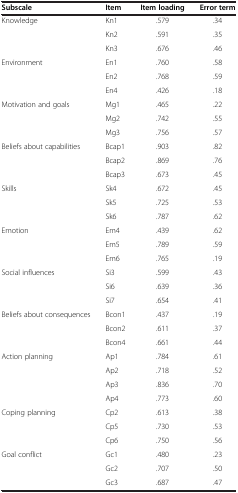
<table><thead><tr><td><b>Subscale</b></td><td><b>Item</b></td><td><b>Item loading</b></td><td><b>Error term</b></td></tr></thead><tbody><tr><td rowspan="3">Knowledge</td><td>Kn1</td><td>.579</td><td>.34</td></tr><tr><td>Kn2</td><td>.591</td><td>.35</td></tr><tr><td>Kn3</td><td>.676</td><td>.46</td></tr><tr><td rowspan="3">Environment</td><td>En1</td><td>.760</td><td>.58</td></tr><tr><td>En2</td><td>.768</td><td>.59</td></tr><tr><td>En4</td><td>.426</td><td>.18</td></tr><tr><td rowspan="3">Motivation and goals</td><td>Mg1</td><td>.465</td><td>.22</td></tr><tr><td>Mg2</td><td>.742</td><td>.55</td></tr><tr><td>Mg3</td><td>.756</td><td>.57</td></tr><tr><td rowspan="3">Beliefs about capabilities</td><td>Bcap1</td><td>.903</td><td>.82</td></tr><tr><td>Bcap2</td><td>.869</td><td>.76</td></tr><tr><td>Bcap3</td><td>.673</td><td>.45</td></tr><tr><td rowspan="3">Skills</td><td>Sk4</td><td>.672</td><td>.45</td></tr><tr><td>Sk5</td><td>.725</td><td>.53</td></tr><tr><td>Sk6</td><td>.787</td><td>.62</td></tr><tr><td rowspan="3">Emotion</td><td>Em4</td><td>.439</td><td>.62</td></tr><tr><td>Em5</td><td>.789</td><td>.59</td></tr><tr><td>Em6</td><td>.765</td><td>.19</td></tr><tr><td rowspan="3">Social influences</td><td>Si3</td><td>.599</td><td>.43</td></tr><tr><td>Si6</td><td>.639</td><td>.36</td></tr><tr><td>Si7</td><td>.654</td><td>.41</td></tr><tr><td rowspan="3">Beliefs about consequences</td><td>Bcon1</td><td>.437</td><td>.19</td></tr><tr><td>Bcon2</td><td>.611</td><td>.37</td></tr><tr><td>Bcon4</td><td>.661</td><td>.44</td></tr><tr><td rowspan="4">Action planning</td><td>Ap1</td><td>.784</td><td>.61</td></tr><tr><td>Ap2</td><td>.718</td><td>.52</td></tr><tr><td>Ap3</td><td>.836</td><td>.70</td></tr><tr><td>Ap4</td><td>.773</td><td>.60</td></tr><tr><td rowspan="3">Coping planning</td><td>Cp2</td><td>.613</td><td>.38</td></tr><tr><td>Cp5</td><td>.730</td><td>.53</td></tr><tr><td>Cp6</td><td>.750</td><td>.56</td></tr><tr><td>Goal conflict</td><td>Gc1</td><td>.480</td><td>.23</td></tr><tr><td>[EMPTY_CELL]</td><td>Gc2</td><td>.707</td><td>.50</td></tr><tr><td>[EMPTY_CELL]</td><td>Gc3</td><td>.687</td><td>.47</td></tr></tbody></table>